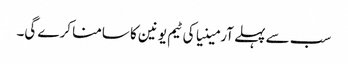
سب سے پہلے آرمینیا کی ٹیم یونین کا سامنا کرے گی۔